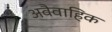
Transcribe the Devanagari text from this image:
अवैवाहिक